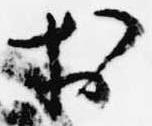
於